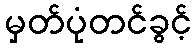
မှတ်ပုံတင်ခွင့်